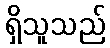
ရှိသူသည်